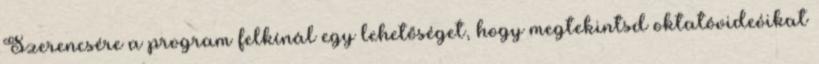
Szerencsére a program felkínál egy lehetőséget, hogy megtekintsd oktatóvideóikat